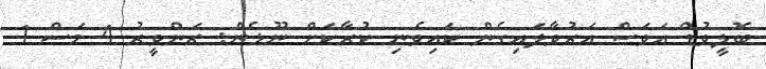
ބޮލީވުޑް އަވަސް އަރުވާލައިގެން ކައިވެނި ކުރާކަށް ނޫޅެން: ރަންވީރު 4 މަސް 1